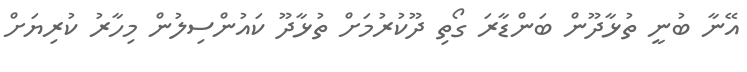
އޭނާ ބުނީ ތުޅާދޫން ބަންޑާރަ ގޯތި ދޫކުރުމަށް ތުޅާދޫ ކައުންސިލުން މިހާރު ކުރިޔަށް